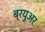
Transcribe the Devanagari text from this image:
ब्रयुअर